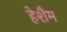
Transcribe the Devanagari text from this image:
हेशैम